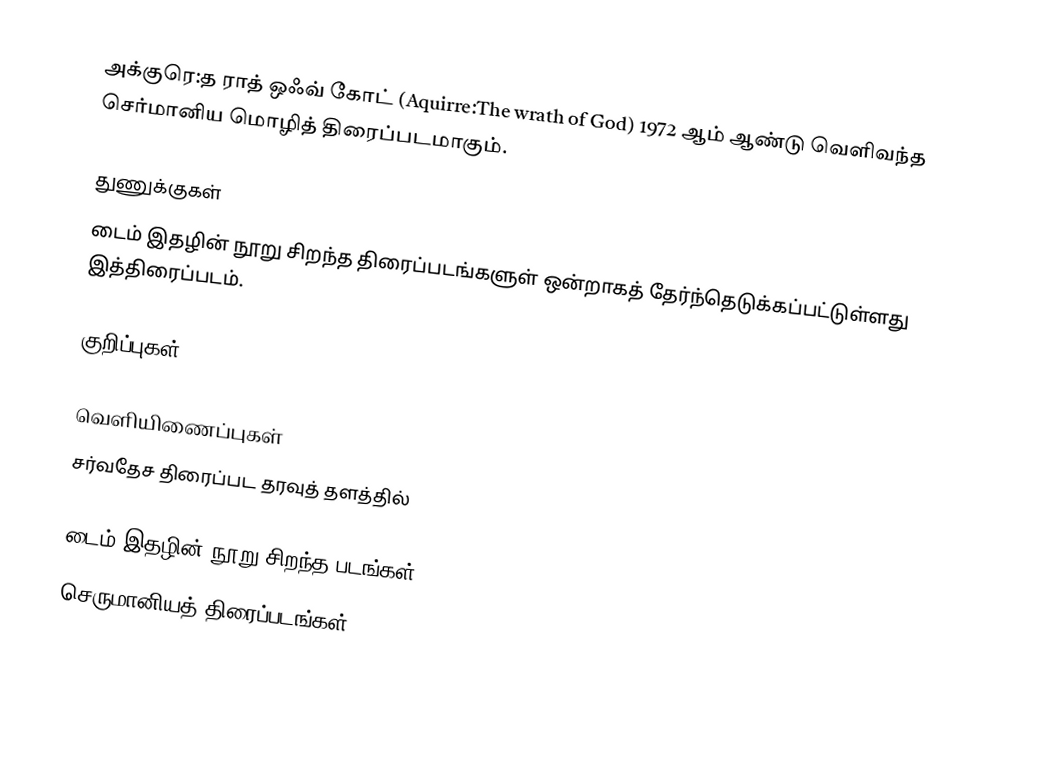
அக்குரெ:த ராத் ஒஃவ் கோட் (Aquirre:The wrath of God) 1972 ஆம் ஆண்டு வெளிவந்த செர்மானிய மொழித் திரைப்படமாகும்.

துணுக்குகள்
 டைம் இதழின் நூறு சிறந்த திரைப்படங்களுள் ஒன்றாகத் தேர்ந்தெடுக்கப்பட்டுள்ளது இத்திரைப்படம்.

குறிப்புகள்

வெளியிணைப்புகள்
 சர்வதேச திரைப்பட தரவுத் தளத்தில்

டைம் இதழின் நூறு சிறந்த படங்கள்
செருமானியத் திரைப்படங்கள்